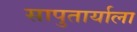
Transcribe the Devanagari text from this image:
सापुतार्याला